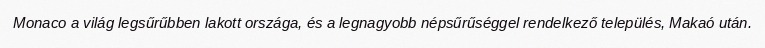
Monaco a világ legsűrűbben lakott országa, és a legnagyobb népsűrűséggel rendelkező település, Makaó után.